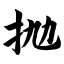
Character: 抛